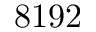
8 1 9 2